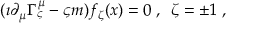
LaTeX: ( \imath \partial _ { \mu } \Gamma _ { \varsigma } ^ { \mu } - \varsigma m ) f _ { \zeta } ( x ) = 0 \; , \; \; \zeta = \pm 1 \; ,